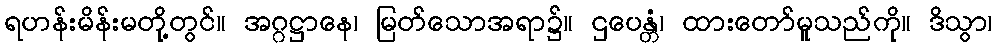
ရဟန်းမိန်းမတို့တွင်။ အဂ္ဂဋ္ဌာနေ၊ မြတ်သောအရာ၌။ ဌပေန္တံ၊ ထားတော်မူသည်ကို။ ဒိသွာ၊